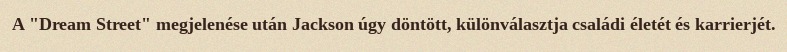
A "Dream Street" megjelenése után Jackson úgy döntött, különválasztja családi életét és karrierjét.